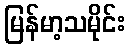
မြန်မာ့သမိုင်း